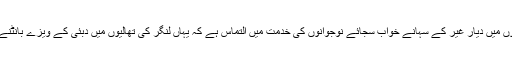
یہ سب کچھ ہوتا ہے مگر آنکھوں میں دیار غیر کے سہانے خواب سجائے نوجوانوں کی خدمت میں التماس ہے کہ یہاں لنگر کی تھالیوں میں دبئی کے ویزے بانٹنے والوں پر اندھا اعتماد نہ کریں۔